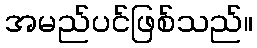
အမည်ပင်ဖြစ်သည်။